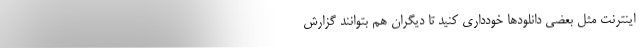
اینترنت مثل بعضی دانلودها خودداری کنید تا دیگران هم بتوانند گزارش